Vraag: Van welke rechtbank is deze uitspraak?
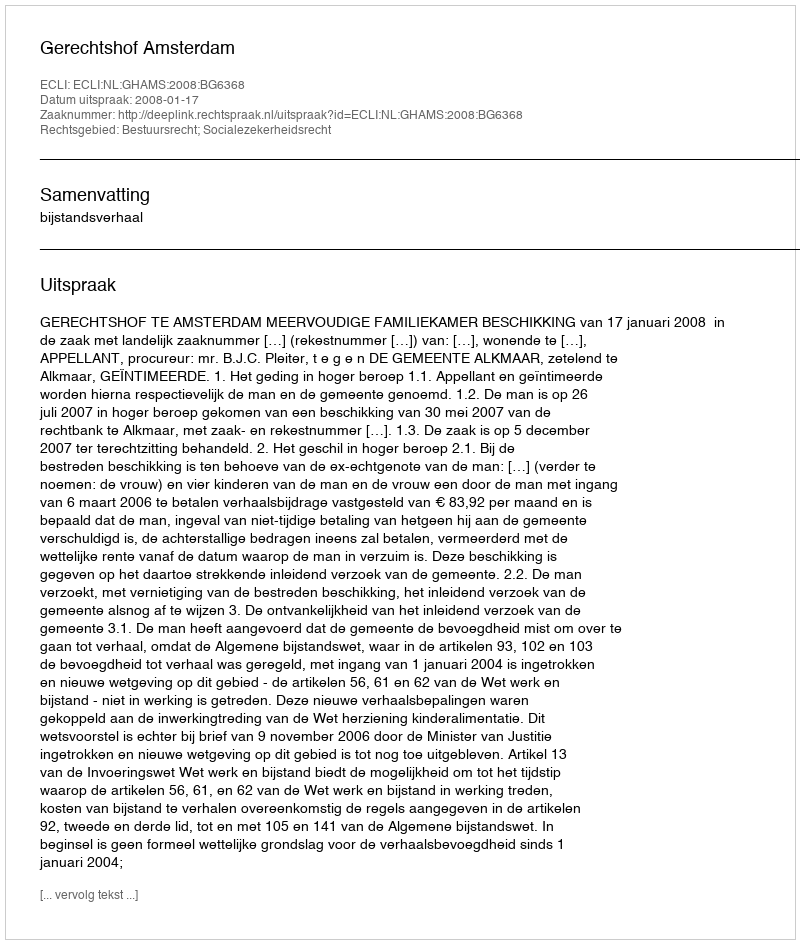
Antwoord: Gerechtshof Amsterdam